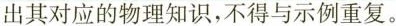
出其对应的物理知识，不得与示例重复。